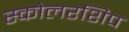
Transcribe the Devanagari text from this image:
स्कोलरशिप